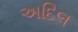
અદિલ